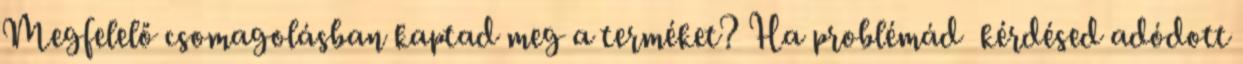
Megfelelő csomagolásban kaptad meg a terméket? Ha problémád kérdésed adódott